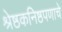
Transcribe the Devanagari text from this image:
श्रेष्ठकनिष्ठपणाचे